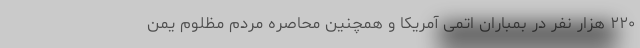
۲۲۰ هزار نفر در بمباران اتمی آمریکا و همچنین محاصره مردم مظلوم یمن